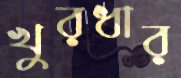
খুরধার